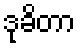
ဒုခိတာ